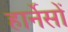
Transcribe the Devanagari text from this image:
हार्नेसों